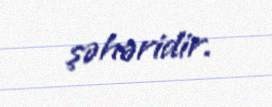
şəhəridir.